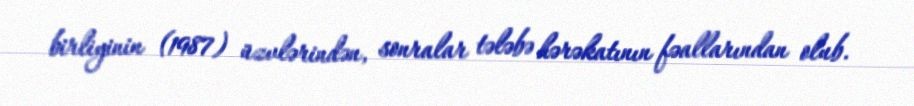
birliyinin (1987) üzvlərindən, sonralar tələbə hərəkatının fəallarından olub.